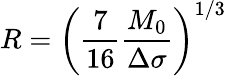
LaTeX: R=\left(\frac{7}{16}\frac{M_{0}}{\Delta\sigma}\right)^{1/3}